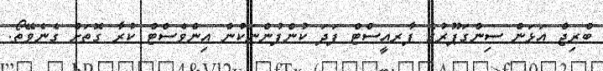
ބްރިޖް އަޅަން ސިންގަޕޫރުގެ ފާރއީސްޓް ފަދަ ކުންފުންނަކުން އިންވެސްޓް ކުރާ ގޮތަށް ގެނެވޭތޯ.